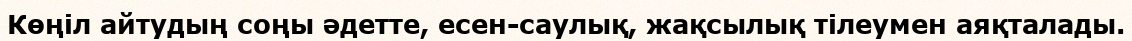
Көңіл айтудың соңы әдетте, есен-саулық, жақсылық тілеумен аяқталады.